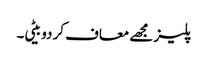
پلیز مجھے معاف کر دو بیٹی۔